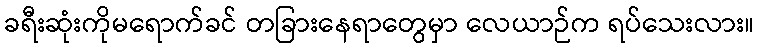
ခရီးဆုံးကိုမရောက်ခင် တခြားနေရာတွေမှာ လေယာဉ်က ရပ်သေးလား။